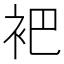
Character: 𬡊